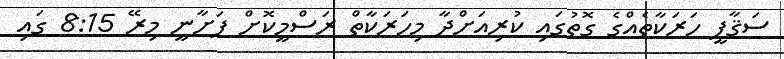
ސަޤާފީ ހަރަކާތެއްގެ ގޮތުގައި ކުރިއަށްދާ މިހަރަކާތް ރަސްމީކޮށް ފަށާނީ މިރޭ 8:15 ގައި